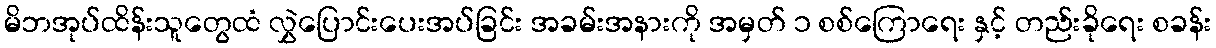
မိဘအုပ်ထိန်းသူတွေထံ လွှဲပြောင်းပေးအပ်ခြင်း အခမ်းအနားကို အမှတ် ၁ စစ်ကြောရေး နှင့် တည်းခိုရေး စခန်း